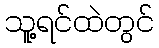
သူ့ရင်ထဲတွင်